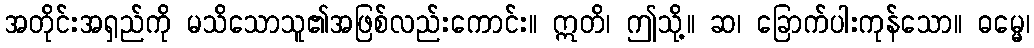
အတိုင်းအရှည်ကို မသိသောသူ၏အဖြစ်လည်းကောင်း။ ဣတိ၊ ဤသို့။ ဆ၊ ခြောက်ပါးကုန်သော။ ဓမ္မေ၊